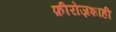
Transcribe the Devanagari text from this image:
फ़ीरोज़शाही